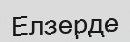
Елзерде